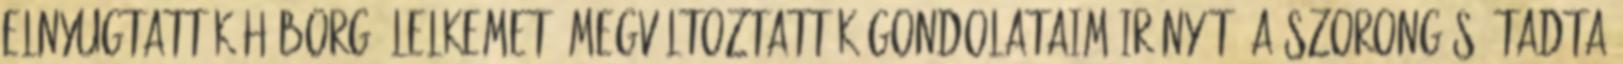
elnyugtatták háborgó lelkemet. Megváltoztatták gondolataim irányát. A szorongás átadta